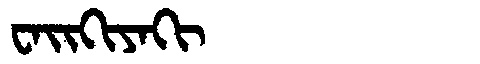
Manchu: ᠸᠠᡳᡴᡳᠶᠠᡴᡳ
Romanization: WAIKIYAKI